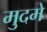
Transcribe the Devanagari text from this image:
मुदमे